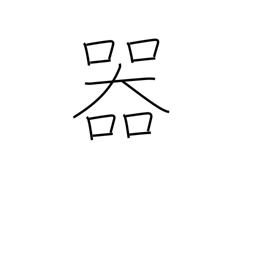
Meaning: container